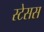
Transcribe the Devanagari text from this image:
स्टेसस